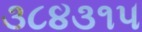
૩૮૪૩૧૫